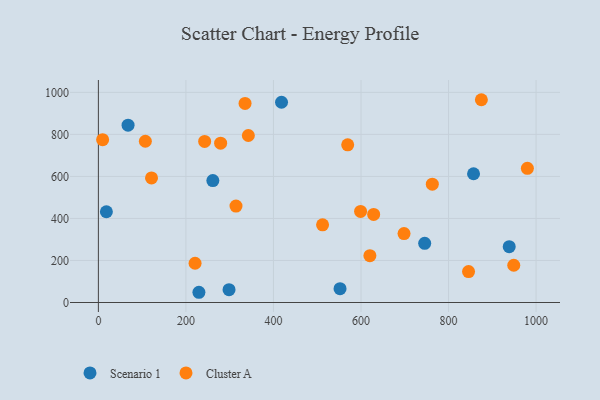
{"axis": {"x": "Price", "y": "Rating"}, "legend": ["Cluster A", "Scenario 1"], "data": [{"x": "18.3", "y": 432.0, "type": "Scenario 1"}, {"x": "745.5", "y": 281.7, "type": "Scenario 1"}, {"x": "67.8", "y": 844.0, "type": "Scenario 1"}, {"x": "298.5", "y": 61.0, "type": "Scenario 1"}, {"x": "938.6", "y": 265.9, "type": "Scenario 1"}, {"x": "229.7", "y": 48.7, "type": "Scenario 1"}, {"x": "418.4", "y": 953.0, "type": "Scenario 1"}, {"x": "552.1", "y": 65.7, "type": "Scenario 1"}, {"x": "261.5", "y": 580.1, "type": "Scenario 1"}, {"x": "857.1", "y": 612.7, "type": "Scenario 1"}, {"x": "342.6", "y": 794.7, "type": "Cluster A"}, {"x": "980.1", "y": 638.5, "type": "Cluster A"}, {"x": "620.3", "y": 222.9, "type": "Cluster A"}, {"x": "220.9", "y": 186.9, "type": "Cluster A"}, {"x": "314.4", "y": 458.7, "type": "Cluster A"}, {"x": "949.0", "y": 177.2, "type": "Cluster A"}, {"x": "628.9", "y": 419.0, "type": "Cluster A"}, {"x": "512.2", "y": 369.8, "type": "Cluster A"}, {"x": "845.7", "y": 147.4, "type": "Cluster A"}, {"x": "107.3", "y": 767.4, "type": "Cluster A"}, {"x": "569.6", "y": 750.5, "type": "Cluster A"}, {"x": "9.7", "y": 774.9, "type": "Cluster A"}, {"x": "698.3", "y": 328.1, "type": "Cluster A"}, {"x": "242.8", "y": 766.4, "type": "Cluster A"}, {"x": "762.9", "y": 563.0, "type": "Cluster A"}, {"x": "335.1", "y": 947.4, "type": "Cluster A"}, {"x": "121.4", "y": 592.9, "type": "Cluster A"}, {"x": "279.3", "y": 758.0, "type": "Cluster A"}, {"x": "599.0", "y": 433.6, "type": "Cluster A"}, {"x": "875.0", "y": 965.0, "type": "Cluster A"}]}